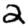
Digit: 2